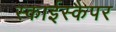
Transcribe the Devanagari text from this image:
स्काईस्कैपर